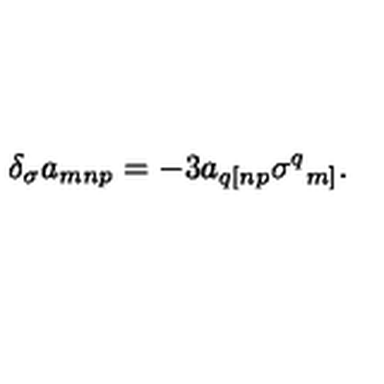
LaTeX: \delta _ { \sigma } a _ { m n p } = - 3 a _ { q [ n p } \sigma ^ { q } { } _ { m ] } .